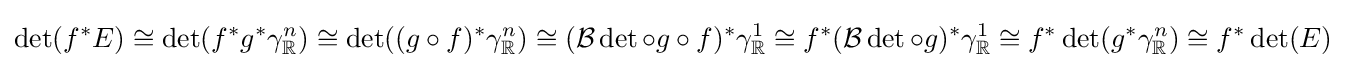
\det(f^{*}E)\cong \det(f^{*}g^{*}\gamma _{\mathbb {R} }^{n})\cong \det((g\circ f)^{*}\gamma _{\mathbb {R} }^{n})\cong ({\mathcal {B}}\det \circ g\circ f)^{*}\gamma _{\mathbb {R} }^{1}\cong f^{*}({\mathcal {B}}\det \circ g)^{*}\gamma _{\mathbb {R} }^{1}\cong f^{*}\det(g^{*}\gamma _{\mathbb {R} }^{n})\cong f^{*}\det(E)